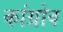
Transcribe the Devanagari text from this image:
कांग्रोव